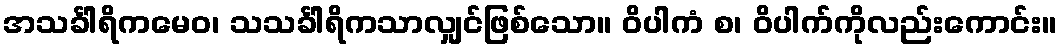
အသင်္ခါရိကမေဝ၊ သသင်္ခါရိကသာလျှင်ဖြစ်သော။ ဝိပါကံ စ၊ ဝိပါက်ကိုလည်းကောင်း။